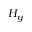
H _ { y }